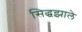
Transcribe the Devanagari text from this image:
सिद्धझाले